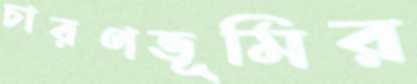
চারণভূমির